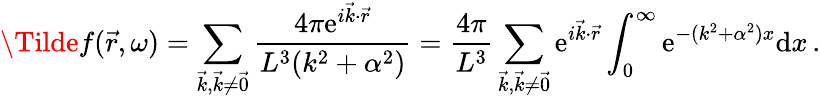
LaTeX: \Tilde{f}(\vec{r},\omega)=\sum_{\vec{k},\vec{k}\neq\vec{0}}\frac{4\pi\mathrm{e}^{i\vec{k}\cdot\vec{r}}}{L^{3}(k^{2}+\alpha^{2})}=\frac{4\pi}{L^{3}}\sum_{\vec{k},\vec{k}\neq\vec{0}}\mathrm{e}^{i\vec{k}\cdot\vec{r}}\int_{0}^{\infty}\mathrm{e}^{-(k^{2}+\alpha^{2})x}\mathrm{d}x\, .